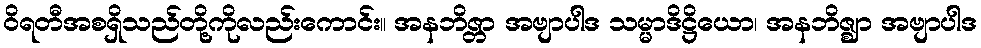
ဝိရတီအစရှိသည်တို့ကိုလည်းကောင်း။ အနဘိဇ္တာ အဗျာပါဒ သမ္မာဒိဋ္ဌိယော၊ အနဘိဇ္ဈာ အဗျာပါဒ